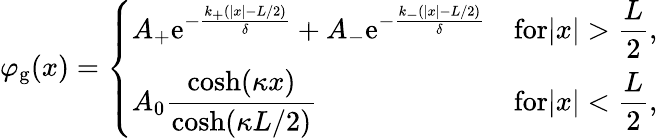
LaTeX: \varphi_{\mathrm{g}}(x)=\left\{ \begin{array}{ll}{\displaystyle A_{+}\mathrm{e}^{-\frac{k_{+}(|x|-L/2)}{\delta}}+A_{-}\mathrm{e}^{-\frac{k_{-}(|x|-L/2)}{\delta}}}&{\displaystyle\textrm{for}|x|>\frac{L}{2},}\\ {\displaystyle A_{0}\frac{\cosh(\kappa x)}{\cosh(\kappa L/2)}}&{\displaystyle\textrm{for}|x|<\frac{L}{2},}\end{array}\right.